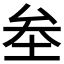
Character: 𡊄